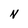
Character: N